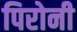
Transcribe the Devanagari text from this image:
पिरोनी